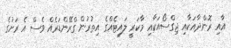
އާއި ރޮންދާއަކާއި ޖިގްސޯއަކާއި މާކަރީ ލައިޓެއްގެ އިތުރުން ގްރޭންޑަރެއް ވެސް އެ ރަށުގެ